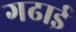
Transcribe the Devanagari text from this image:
गढाई